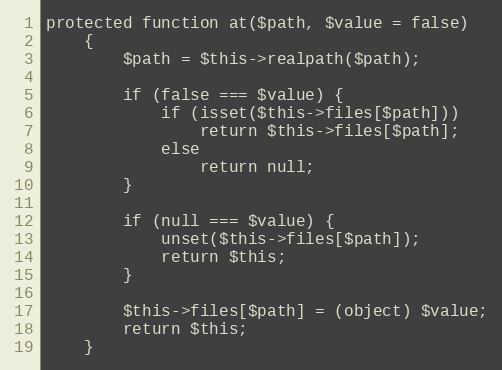
Language: PHP
protected function at($path, $value = false)
    {
        $path = $this->realpath($path);

        if (false === $value) {
            if (isset($this->files[$path]))
                return $this->files[$path];
            else
                return null;
        }

        if (null === $value) {
            unset($this->files[$path]);
            return $this;
        }

        $this->files[$path] = (object) $value;
        return $this;
    }